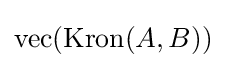
\operatorname {vec} (\operatorname {Kron} (A,B))